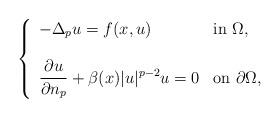
LaTeX: \begin{align*}\left\{\begin{array}{ll}-\Delta_p u=f(x,u) & \mbox{in }\Omega,\\\phantom{}\\\displaystyle{\frac{\partial u}{\partial n_p}}+\beta(x)|u|^{p-2}u=0 & \mbox{on } \partial\Omega,\\\end{array}\right.\end{align*}